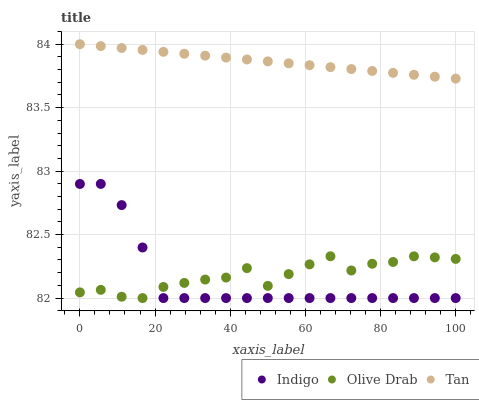
| xaxis_label | Indigo | Olive Drab | Tan |
 | --- | --- | --- | --- |
 | 0 | 82.9 | 82 | 84 |
 | 5.56 | 82.9 | 82.1 | 84 |
 | 11.1 | 82.7 | 82 | 84 |
 | 16.7 | 82.4 | 82 | 84 |
 | 22.2 | 82 | 82.1 | 83.9 |
 | 27.8 | 82 | 82.1 | 83.9 |
 | 33.3 | 82 | 82.1 | 83.9 |
 | 38.9 | 82 | 82.2 | 83.9 |
 | 44.4 | 82 | 82.2 | 83.9 |
 | 50 | 82 | 82.1 | 83.9 |
 | 55.6 | 82 | 82.2 | 83.8 |
 | 61.1 | 82 | 82.3 | 83.8 |
 | 66.7 | 82 | 82.3 | 83.8 |
 | 72.2 | 82 | 82.2 | 83.8 |
 | 77.8 | 82 | 82.3 | 83.8 |
 | 83.3 | 82 | 82.3 | 83.8 |
 | 88.9 | 82 | 82.3 | 83.8 |
 | 94.4 | 82 | 82.3 | 83.7 |
 | 100 | 82 | 82.3 | 83.7 |